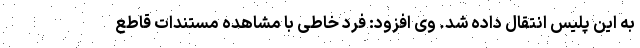
به این پلیس انتقال داده شد. وی افزود: فرد خاطی با مشاهده مستندات قاطع